Treatise on elephants
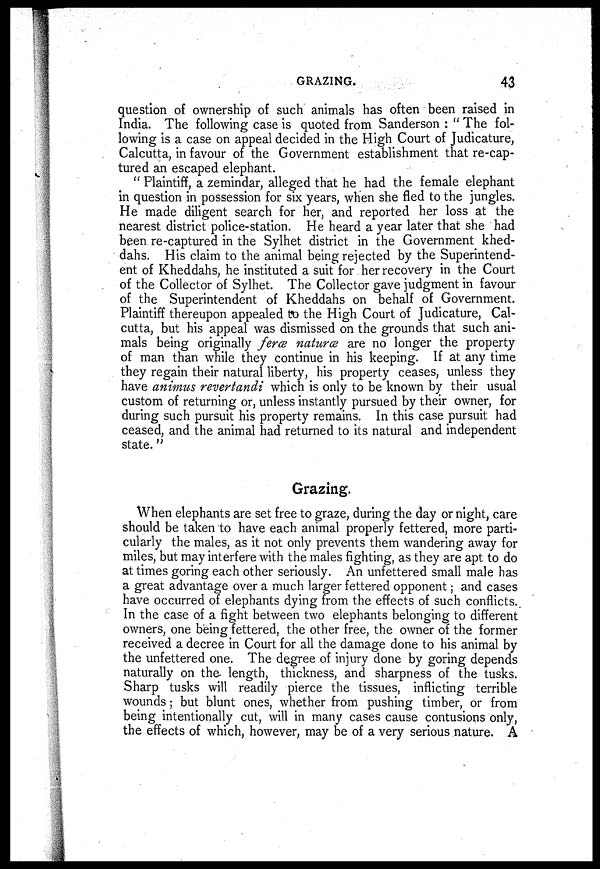
GRAZING.
43
question of ownership of such animals has often been raised in
India. The following case is quoted from Sanderson : " The fol-
lowing is a case on appeal decided in the High Court of Judicature,
Calcutta, in favour of the Government establishment that re-cap-
tured an escaped elephant.
" Plaintiff, a zemindar , alleged that he had the female elephant
in question in possession for six years, when she fled to the jungles.
He made diligent search for her, and reported her loss at the
nearest district police-station. He heard a year later that she had
been re-captured in the Sylhet district in the Government khed-
dahs. His claim to the animal being rejected by the Superintend-
ent of Kheddahs, he instituted a suit for her recovery in the Court
of the Collector of Sylhet. The Collector gave judgment in favour
of the Superintendent of Kheddahs on behalf of Government.
Plaintiff thereupon appealed to the High Court of Judicature, Cal-
cutta, but his appeal was dismissed on the grounds that such ani-
mals being originally ferœ naturœ are no longer the property
of man than while they continue in his keeping. If at any time
they regain their natural liberty, his property ceases, unless they
have animus revertandi which is only to be known by their usual
custom of returning or, unless instantly pursued by their owner, for
during such pursuit his property remains. In this case pursuit had
ceased, and the animal had returned to its natural and independent
state."
Grazing.
When elephants are set free to graze, during the day or night, care
should be taken to have each animal properly fettered, more parti-
cularly the males, as it not only prevents them wandering away for
miles, but may interfere with the males fighting, as they are apt to do
at times goring each other seriously. An unfettered small male has
a great advantage over a much larger fettered opponent; and cases
have occurred of elephants dying from the effects of such conflicts.
In the case of a fight between two elephants belonging to different
owners, one being fettered, the other free, the owner of the former
received a decree in Court for all the damage done to his animal by
the unfettered one. The degree of injury done by goring depends
naturally on the length, thickness, and sharpness of the tusks.
Sharp tusks will readily pierce the tissues, inflicting terrible
wounds ; but blunt ones, whether from pushing timber, or from
being intentionally cut, will in many cases cause contusions only,
the effects of which, however, may be of a very serious nature. A